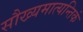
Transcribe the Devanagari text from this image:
सौख्यमात्यन्तिकं